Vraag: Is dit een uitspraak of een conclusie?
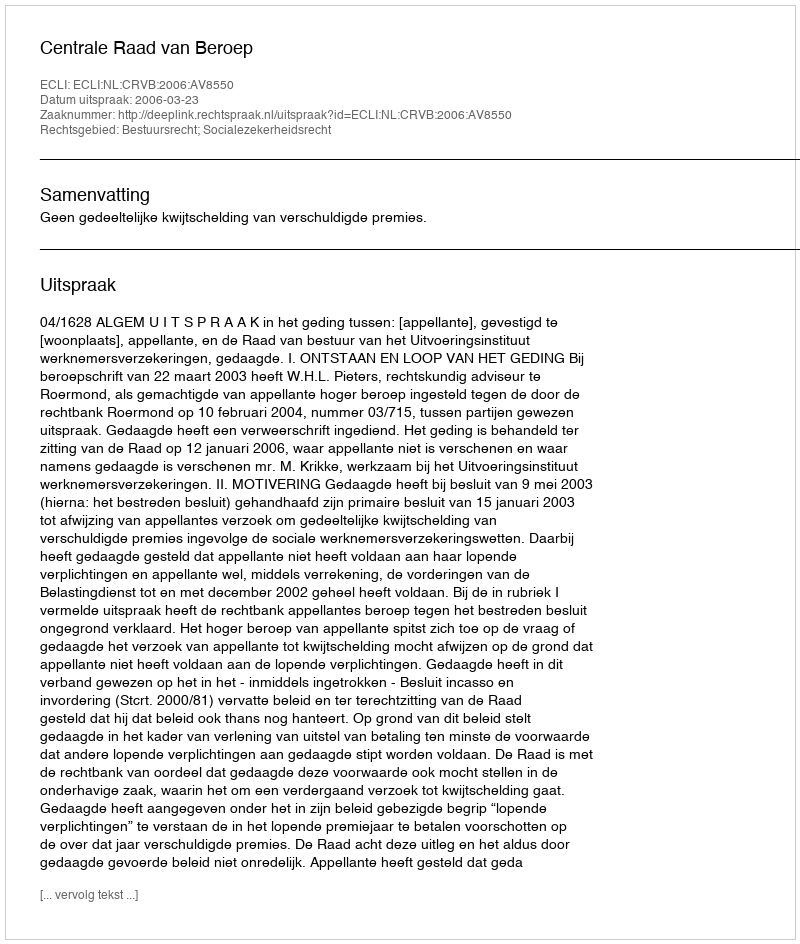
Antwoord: Uitspraak